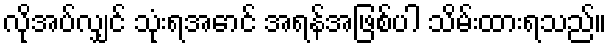
လိုအပ်လျှင် သုံးရအောင် အရန်အဖြစ်ပါ သိမ်းထားရသည်။